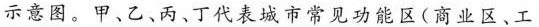
示意图。甲、乙、丙、丁代表城市常见功能区(商业区、工